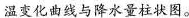
温变化曲线与降水量柱状图。